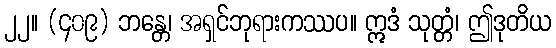
၂၂။ (၄၀၉) ဘန္တေ၊ အရှင်ဘုရားကဿပ။ ဣဒံ သုတ္တံ၊ ဤဒုတိယ